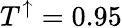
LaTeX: T^{\uparrow}=0.95